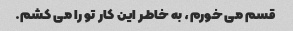
قسم می خورم، به خاطر این کار تو را می کشم.